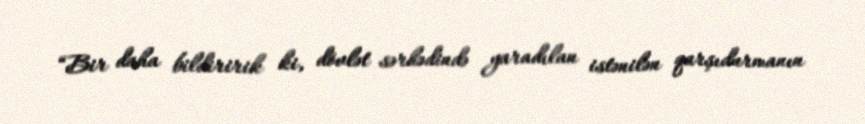
“Bir daha bildiririk ki, dövlət sərhədində yaradılan istənilən qarşıdurmanın